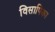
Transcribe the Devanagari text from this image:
विसापिका